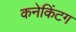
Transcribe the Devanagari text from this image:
कनेकिंटग